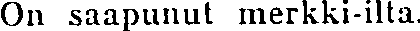
On saapunut merkki-ilta